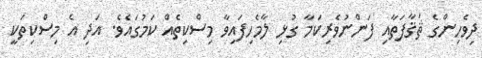
ދިވެހިންގެ ޘަޤާފަތާއި ފަންނުވެރިކަމާ ގުޅި ލާމެހިފައިވާ މިސްކިތެއް ކަމުގައެވެ. އަދި އެ މިސްކިތަކީ